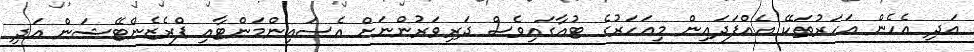
އަދި އެހެން އަހަރުތަކޭ އެއްފަދައިން މިއަހަރުގެ ޓުއާގައިވެސް ދަރިވަރުންނަށް އެސައިންމަންޓާއި ޕްރެޒެންޓޭޝަން އަދި